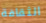
الثقافة